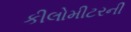
કીલોમીટરની